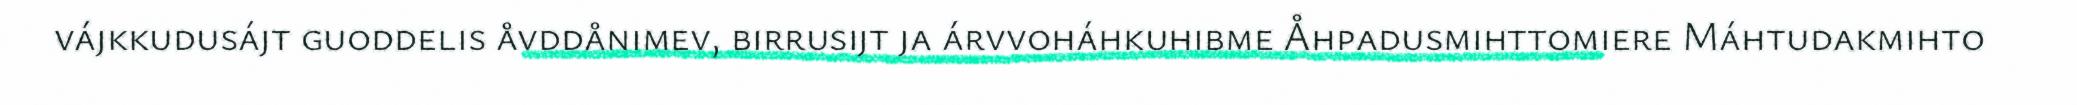
vájkkudusájt guoddelis åvddånimev, birrusijt ja árvvoháhkuhibme Åhpadusmihttomiere Máhtudakmihto